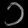
Digit: ၁